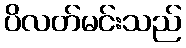
ပိလတ်မင်းသည်